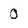
Character: 0